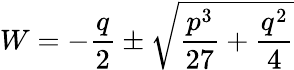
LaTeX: W=-{\frac{q}{2}}\pm{\sqrt{{\frac{p^{3}}{27}}+{\frac{q^{2}}{4}}}}